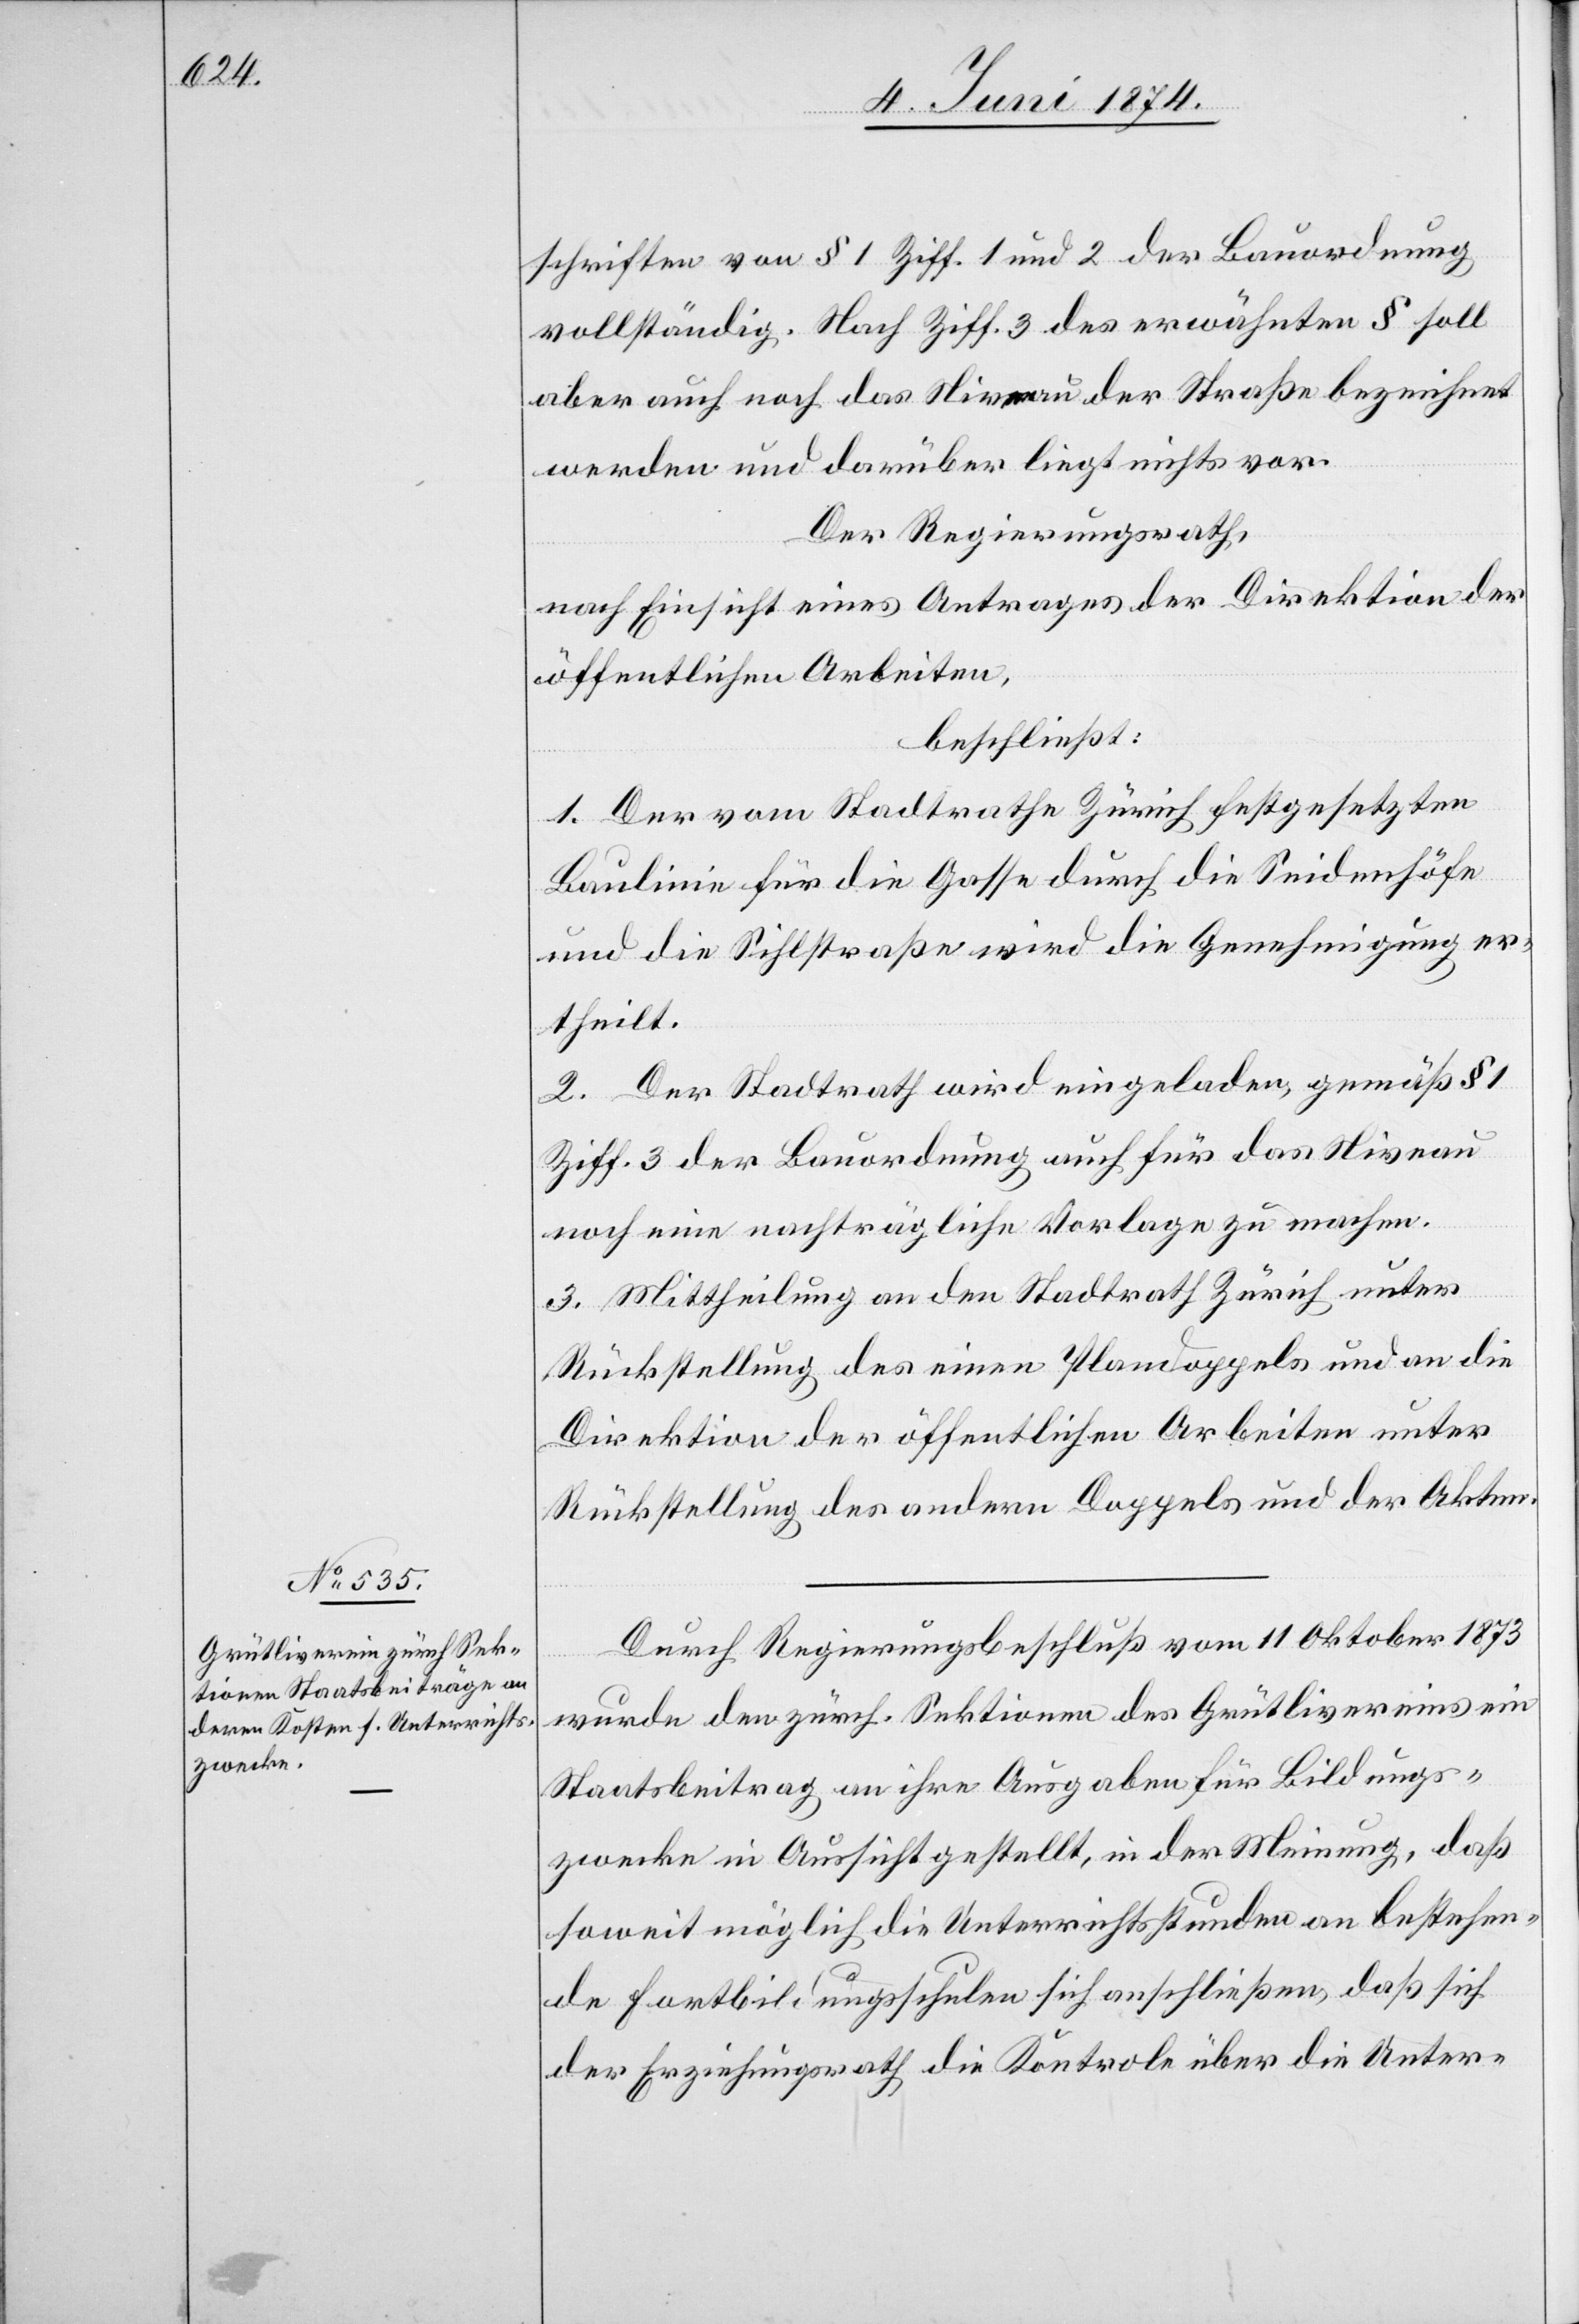
schriften von § 1 Ziff. 1 und 2 der Bauordnung
vollständig. Nach Ziff. 3 des erwähnten § soll
aber auch noch das Niveau der Straße bezeichnet
werden und darüber liegt nichts vor.
Der Regierungsrath,
nach Einsicht eines Antrages der Direktion der
öffentlichen Arbeiten,
beschließt:
1. Der vom Stadtrathe Zürich festgesetzten
Baulinie für die Gasse durch die Seidenhöfe
und die Sihlstraße wird die Genehmigung er¬
theilt.
2. Der Stadtrath wird eingeladen, gemäß § 1
Ziff. 3 der Bauordnung auch für das Niveau
noch eine nachträgliche Vorlage zu machen.
3. Mittheilung an den Stadtrath Zürich unter
Rückstellung des einen Plandoppels und an die
Direktion der öffentlichen Arbeiten unter
Rückstellung des andern Doppels und der Akten.
Durch Regierungsbeschluß vom 11. Oktober 1873
wurde den zürch. Sektionen das Grütlivereins ein
Staatsbeitrag an ihre Ausgaben für Bildungs¬
zwecke in Aussicht gestellt, in der Meinung, daß
soweit möglich die Unterrichtsstunden an bestehen¬
de Fortbildungsschulen sich anschließen, daß sich
der Erziehungsrath die Kontrole über die Unter-